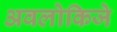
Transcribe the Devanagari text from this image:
अवलोकिजे